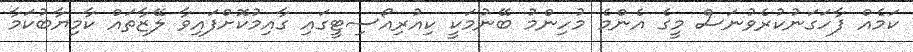
ކަމެއް ފާހަގަނުކުރެވުނަސް މީގެ އެންމެ މުހިންމު ބޭނުމަކީ ކިއުރިއޯސިޓީގައި ގާއިމުކޮށްފައިވާ ލޭޒާތައް ކާމިޔާބުކަމާ